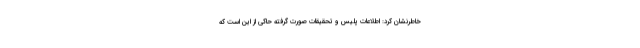
خاطرنشان کرد: اطلاعات پلیس و تحقیقات صورت گرفته حاکی از این است که